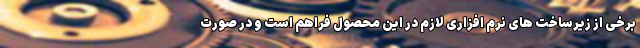
برخی از زیرساخت های نرم افزاری لازم در این محصول فراهم است و در صورت